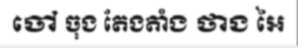
ចៅ ចុង តែងតាំង ថាង អៃ